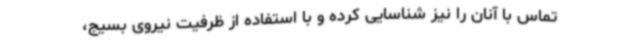
تماس با آنان را نیز شناسایی کرده و با استفاده از ظرفیت نیروی بسیج،